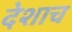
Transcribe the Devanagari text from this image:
देशाच